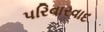
પરિવારવાદ